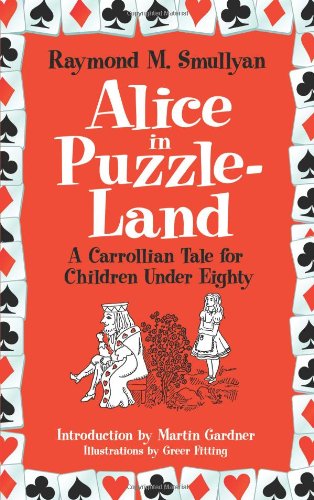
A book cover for Alice in Puzzle-Land: A Carrollian Tale for Children Under Eighty (Dover Recreational Math); Raymond M. Smullyan; Humor & Entertainment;